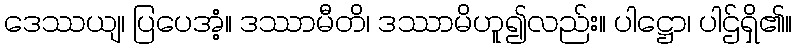
ဒေဿယျ၊ ပြပေအံ့။ ဒဿာမီတိ၊ ဒဿာမိဟူ၍လည်း။ ပါဋ္ဌော၊ ပါဌ်ရှိ၏။